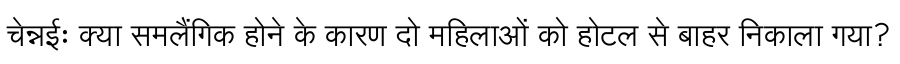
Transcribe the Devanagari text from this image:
चेन्नईः क्या समलैंगिक होने के कारण दो महिलाओं को होटल से बाहर निकाला गया?